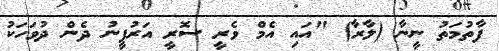
ފާތުމަތު ނީނާ (ލާރާ) "އައި އެމް ވެރީ ސޮރީ އަރުފީނު ދެން ދުވަހަކު